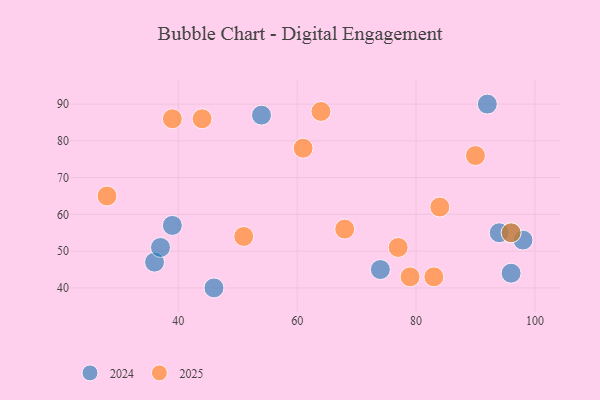
{"axis": {"x": "GDP", "y": "Life Expectancy"}, "legend": ["2024", "2025"], "data": [{"x": "39", "y": 57, "type": "2024"}, {"x": "92", "y": 90, "type": "2024"}, {"x": "94", "y": 55, "type": "2024"}, {"x": "96", "y": 44, "type": "2024"}, {"x": "98", "y": 53, "type": "2024"}, {"x": "54", "y": 87, "type": "2024"}, {"x": "36", "y": 47, "type": "2024"}, {"x": "37", "y": 51, "type": "2024"}, {"x": "74", "y": 45, "type": "2024"}, {"x": "46", "y": 40, "type": "2024"}, {"x": "96", "y": 55, "type": "2024"}, {"x": "28", "y": 65, "type": "2025"}, {"x": "83", "y": 43, "type": "2025"}, {"x": "51", "y": 54, "type": "2025"}, {"x": "39", "y": 86, "type": "2025"}, {"x": "77", "y": 51, "type": "2025"}, {"x": "79", "y": 43, "type": "2025"}, {"x": "96", "y": 55, "type": "2025"}, {"x": "68", "y": 56, "type": "2025"}, {"x": "44", "y": 86, "type": "2025"}, {"x": "90", "y": 76, "type": "2025"}, {"x": "64", "y": 88, "type": "2025"}, {"x": "84", "y": 62, "type": "2025"}, {"x": "61", "y": 78, "type": "2025"}]}